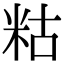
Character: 䊀